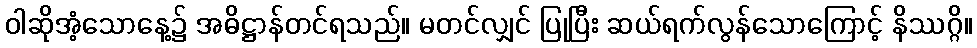
ဝါဆိုအံ့သောနေ့၌ အဓိဋ္ဌာန်တင်ရသည်။ မတင်လျှင် ပြုပြီး ဆယ်ရက်လွန်သောကြောင့် နိဿဂ္ဂိ။